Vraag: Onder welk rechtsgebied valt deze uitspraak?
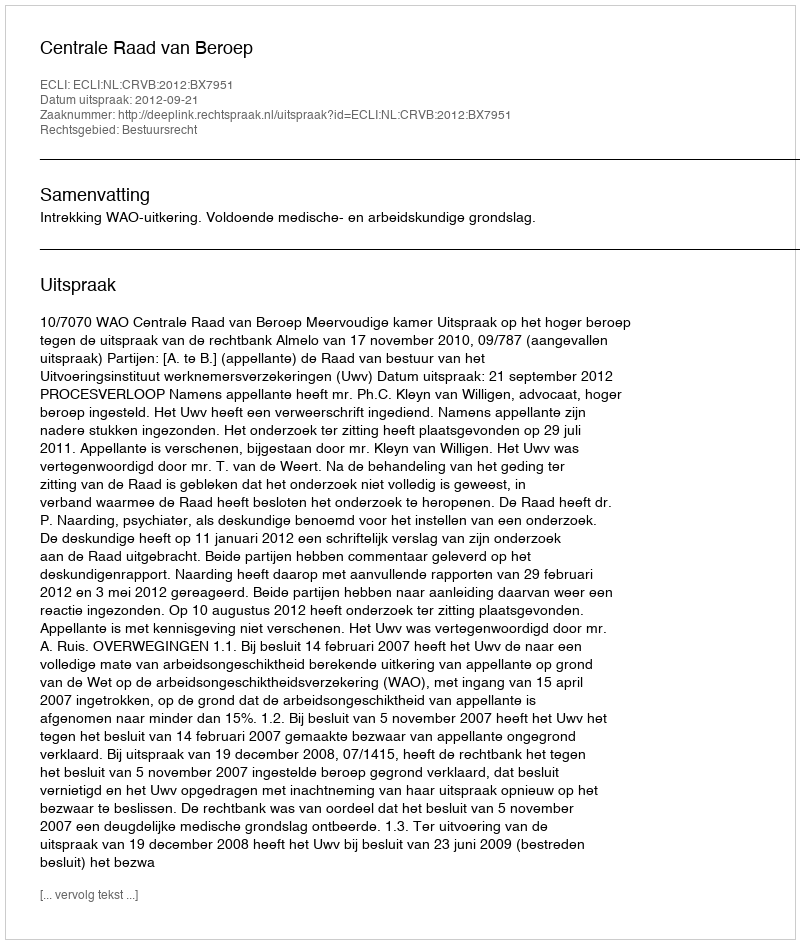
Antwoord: Bestuursrecht